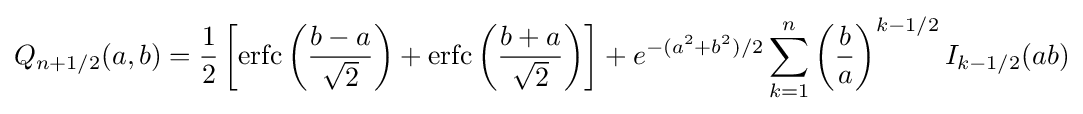
Q_{n+1/2}(a,b)={\frac {1}{2}}\left[\mathrm {erfc} \left({\frac {b-a}{\sqrt {2}}}\right)+\mathrm {erfc} \left({\frac {b+a}{\sqrt {2}}}\right)\right]+e^{-(a^{2}+b^{2})/2}\sum _{k=1}^{n}\left({\frac {b}{a}}\right)^{k-1/2}I_{k-1/2}(ab)